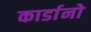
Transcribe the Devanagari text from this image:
कार्डानो